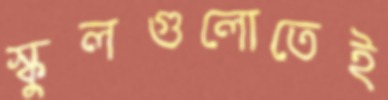
স্কুলগুলোতেই